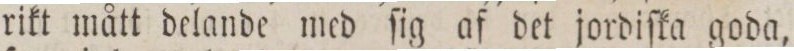
rikt mått delande med ſig af det jordiſka goda,